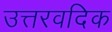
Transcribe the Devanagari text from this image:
उत्तरवदिक